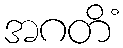
အဂတိံ